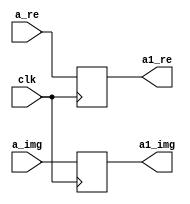
`timescale 1ns / 1ps
//////////////////////////////////////////////////////////////////////////////////
// Company: 
// Engineer: 
// 
// Design Name: 
// Module Name:    buf_1 
// Project Name: 
// Target Devices: 
// Tool versions: 
// Description: 
//
// Dependencies: 
//
// Revision: 
// Revision 0.01 - File Created
// Additional Comments: 
//
//////////////////////////////////////////////////////////////////////////////////
module buf_1(
    input [31:0] a_re,
    input [31:0] a_img,
    input clk,
    output reg [31:0] a1_re,
    output reg [31:0] a1_img
    );

always @(posedge clk) begin
a1_re<=a_re;
a1_img<=a_img;
end

endmodule